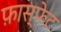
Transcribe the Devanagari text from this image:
फ़ास्फेट